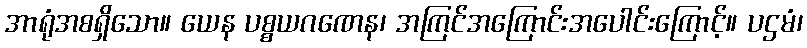
အာရုံအစရှိသော။ ယေန ပစ္စယဂဏေန၊ အကြင်အကြောင်းအပေါင်းကြောင့်။ ပဌမံ၊